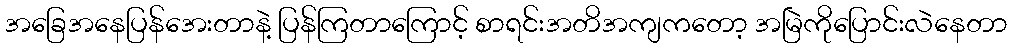
အခြေအနေပြန်အေးတာနဲ့ ပြန်ကြတာကြောင့် စာရင်းအတိအကျကတော့ အမြဲကိုပြောင်းလဲနေတာ